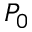
P _ { 0 }